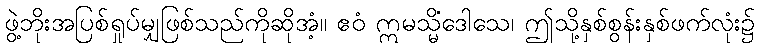
ဖွဲ့ဘိုးအပြစ်ရှုပ်မျှဖြစ်သည်ကိုဆိုအံ့။ ဧဝံ ဣမသ္မိံဒေါသေ၊ ဤသို့နှစ်စွန်းနှစ်ဖက်လုံး၌